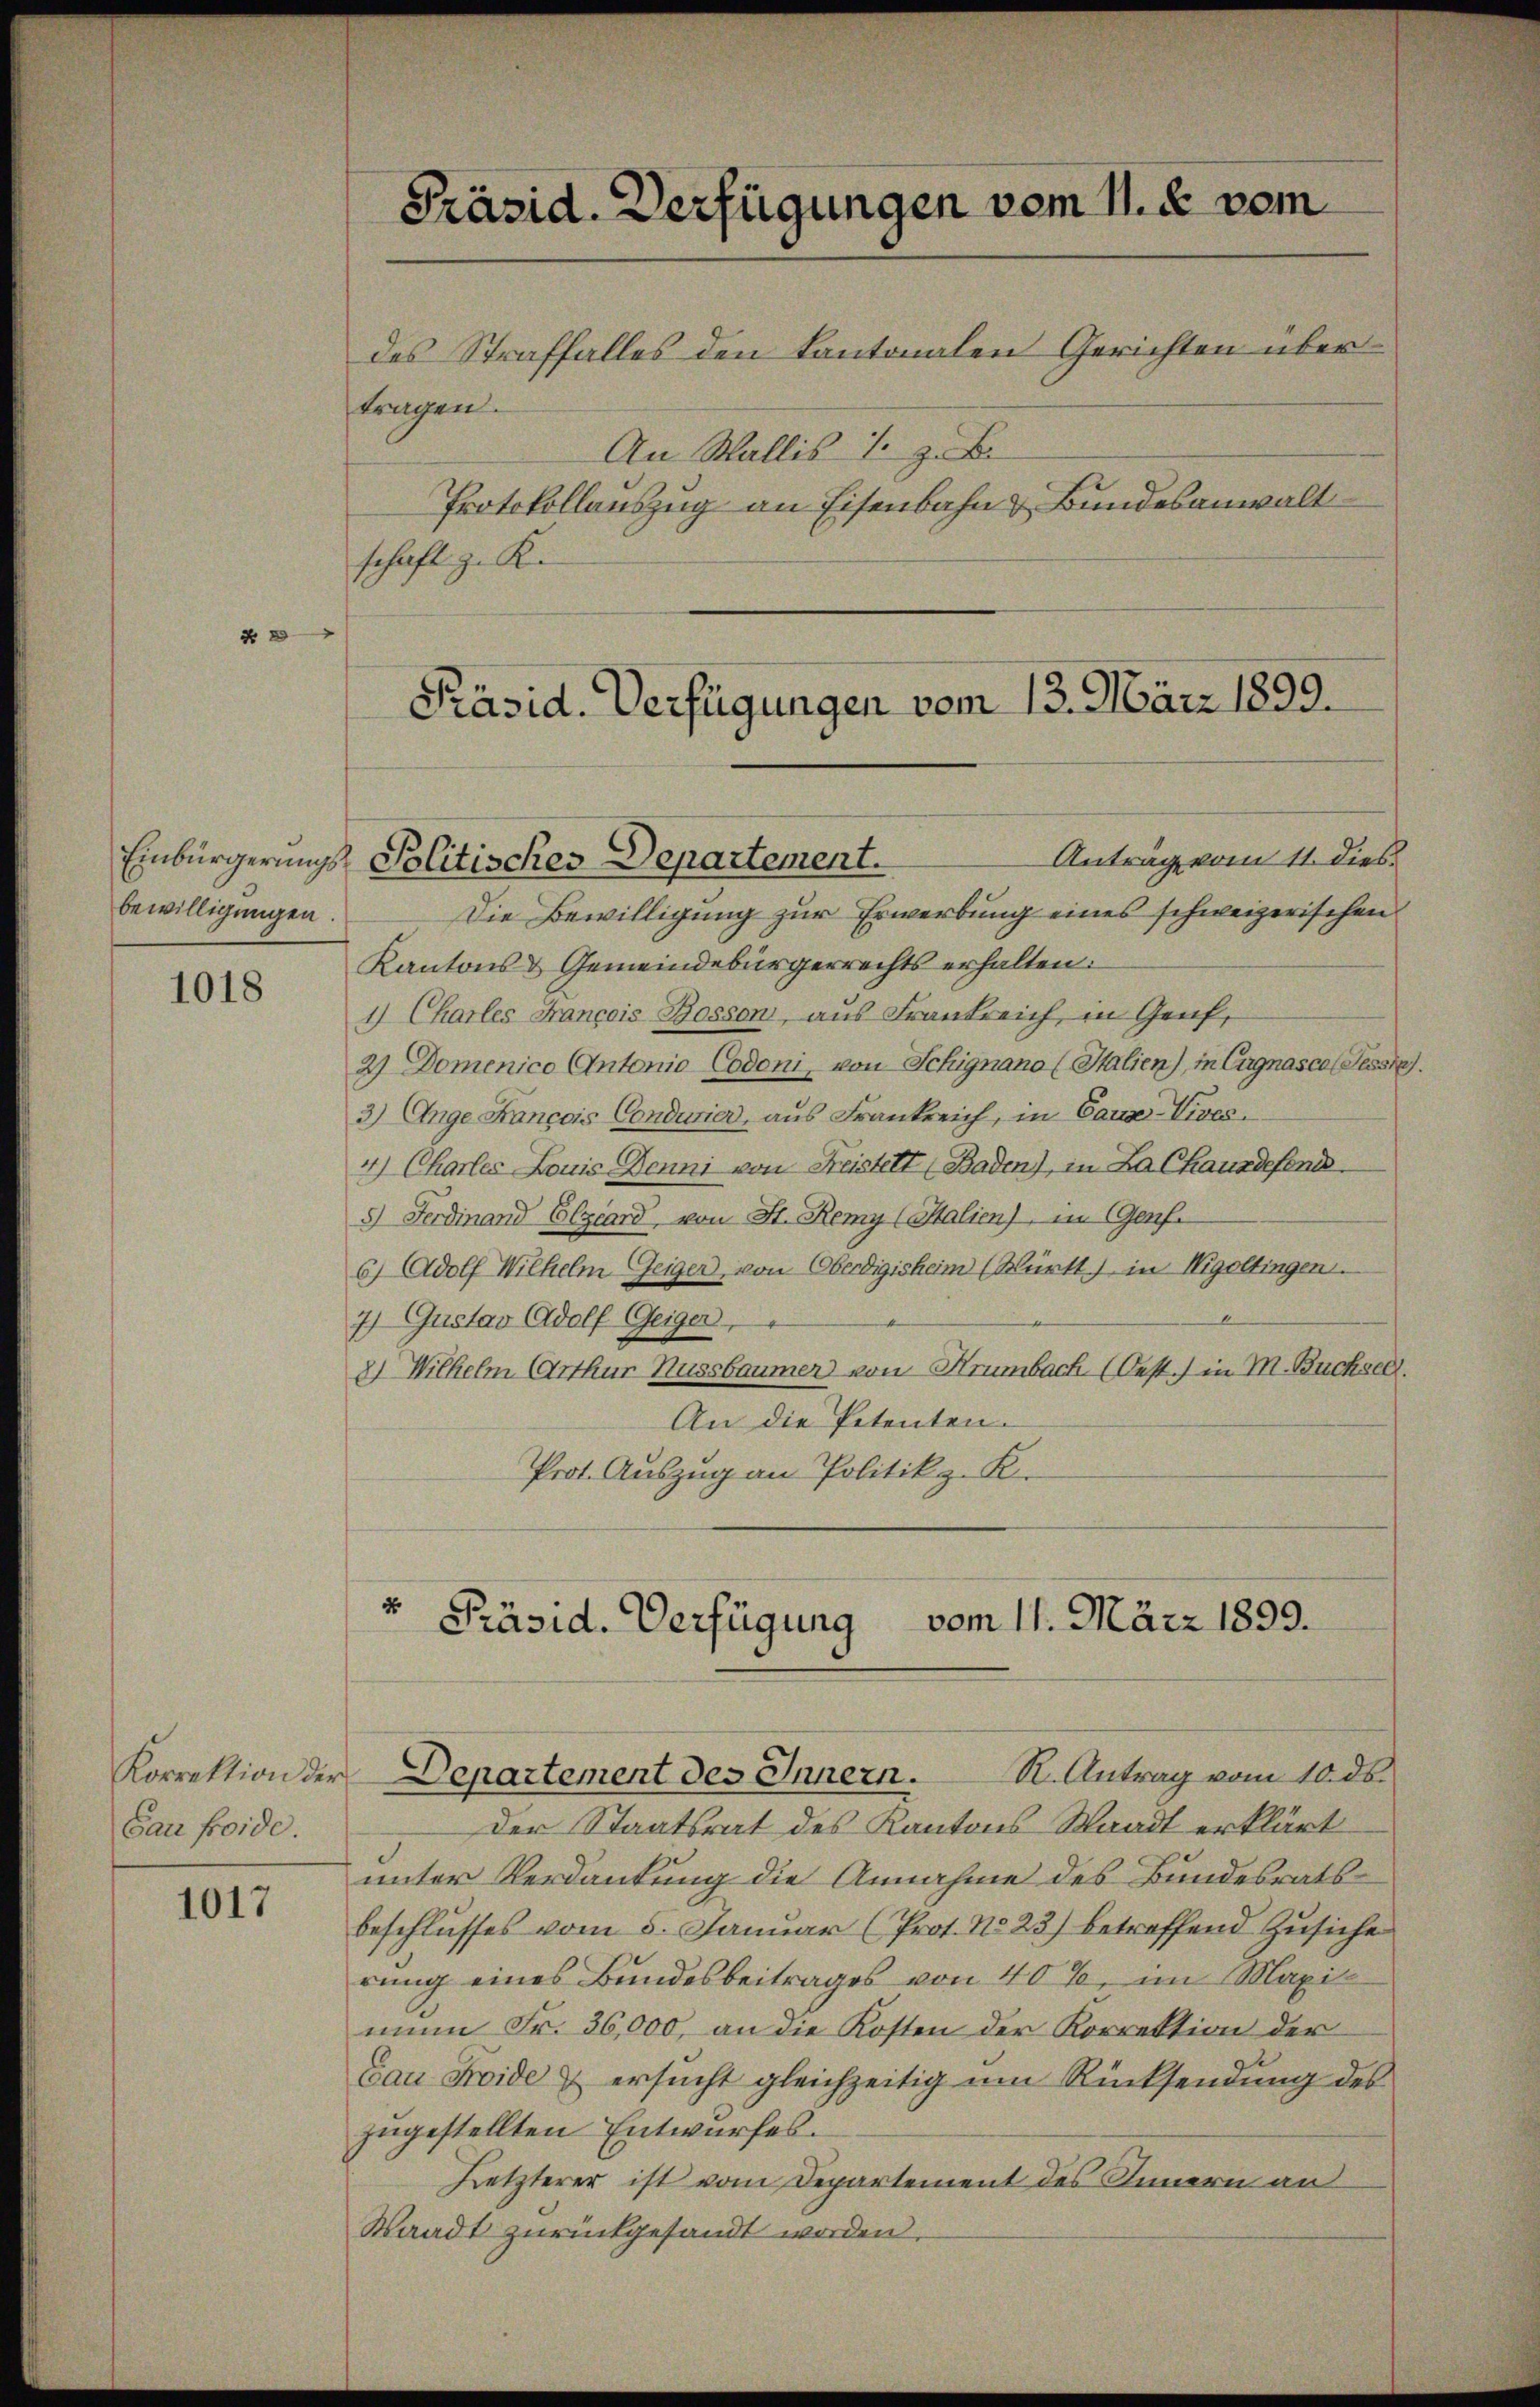
x

bewilligungen.

1018

Gau froide.

1017

Präsid. Verfügungen vom 11. d. vom
des Straffalles den kantonalen Gerichten über
tragen.
An Wallis S. z. B.
Protokollauszug an Eisenbahn & Bundesanwalt
schaft zu Ke

Präsid. Verfügungen vom 13. März 1899.
Antrag vom 11. dies
Einbürgerungs-Politisches Departement.

Die Bewilligung zur Erwerbung eines schweizerischen
Kantons & Gemeindebürgerrechts erhalten.
1) Charles Francois Bosson, aus Frankreich in Genf,
2) Domenico Antonio Codoni, von Schignano (Italien), in Cugnasca Sessi
3) Unge François Conducier, aus Frankreich, in Caus-Vives.
4) Charles Louis Denni von Freistelt (Baden), in La Chauxdefend
5) Ferdinand Elziard von St. Remy (Salien) im Genf.
6) Adolf Wilhelm Geiger, von Oberdigisheim (Württ) in Wigoltingen.
7) Gustav Adolf Geiger
2) Wilhelm Arthur Nussbaumer von Hrumbach. (Oest.) in M. Büchsel.
An die Petenten.
Prot. Auszug an Politik z. K.

" Präsid. Verfügung vom 11. März 1899.
Korrektion der Departement des Innern. K. Antrag vom 10. ds.

Der Staatsrat des Kantons Waadt erklärt
unter Verdankung die Annahme des Bundesratsbeschlusses vom 5. Januar (Prot. No 23) betreffend Zusiche
rung eines Bundesbeitrages von 40%, im Maximun Fr. 36,000, an die Kosten der Korrektion der
Cau Froide & ersucht gleichzeitig um Rücksendung des
zugestellten Entwurfes.
Letzterer ist vom Departement des Innern an
Waadt zurückgesandt worden.